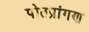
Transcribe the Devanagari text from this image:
पोतप्रांगण